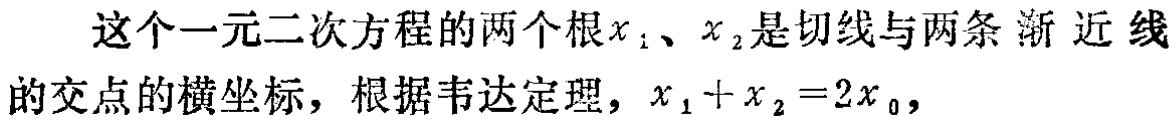
这个一元二次方程的两个根\(x_{1}\)、\(x_{2}\)是切线与两条渐近线的交点的横坐标，根据韦达定理，\(x_{1}+x_{2}=2x_{0}\)，